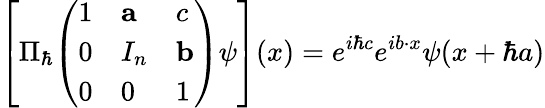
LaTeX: \left[\Pi_{\hbar}{\left(\begin{array}{lll}{1}&{\mathbf{a}}&{c}\\ {0}&{I_{n}}&{\mathbf{b}}\\ {0}&{0}&{1}\end{array}\right)}\psi\right](x)=e^{i\hbar c}e^{ib\cdot x}\psi(x+\hbar a)